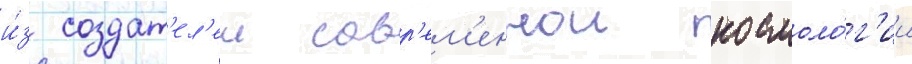
и́з создат'ел'еи совр'ем'еннои космоло́г'ии